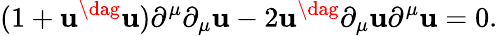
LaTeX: (1+{\mathbf{u}}^{\dag}{\mathbf{u}})\partial^{\mu}\partial_{\mu}{\mathbf{u}}-2{\mathbf{u}}^{\dag}\partial_{\mu}{\mathbf{u}}\partial^{\mu}{\mathbf{u}}=0.